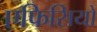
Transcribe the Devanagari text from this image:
एफिसियों